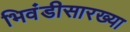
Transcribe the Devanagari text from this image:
भिवंडीसारख्या